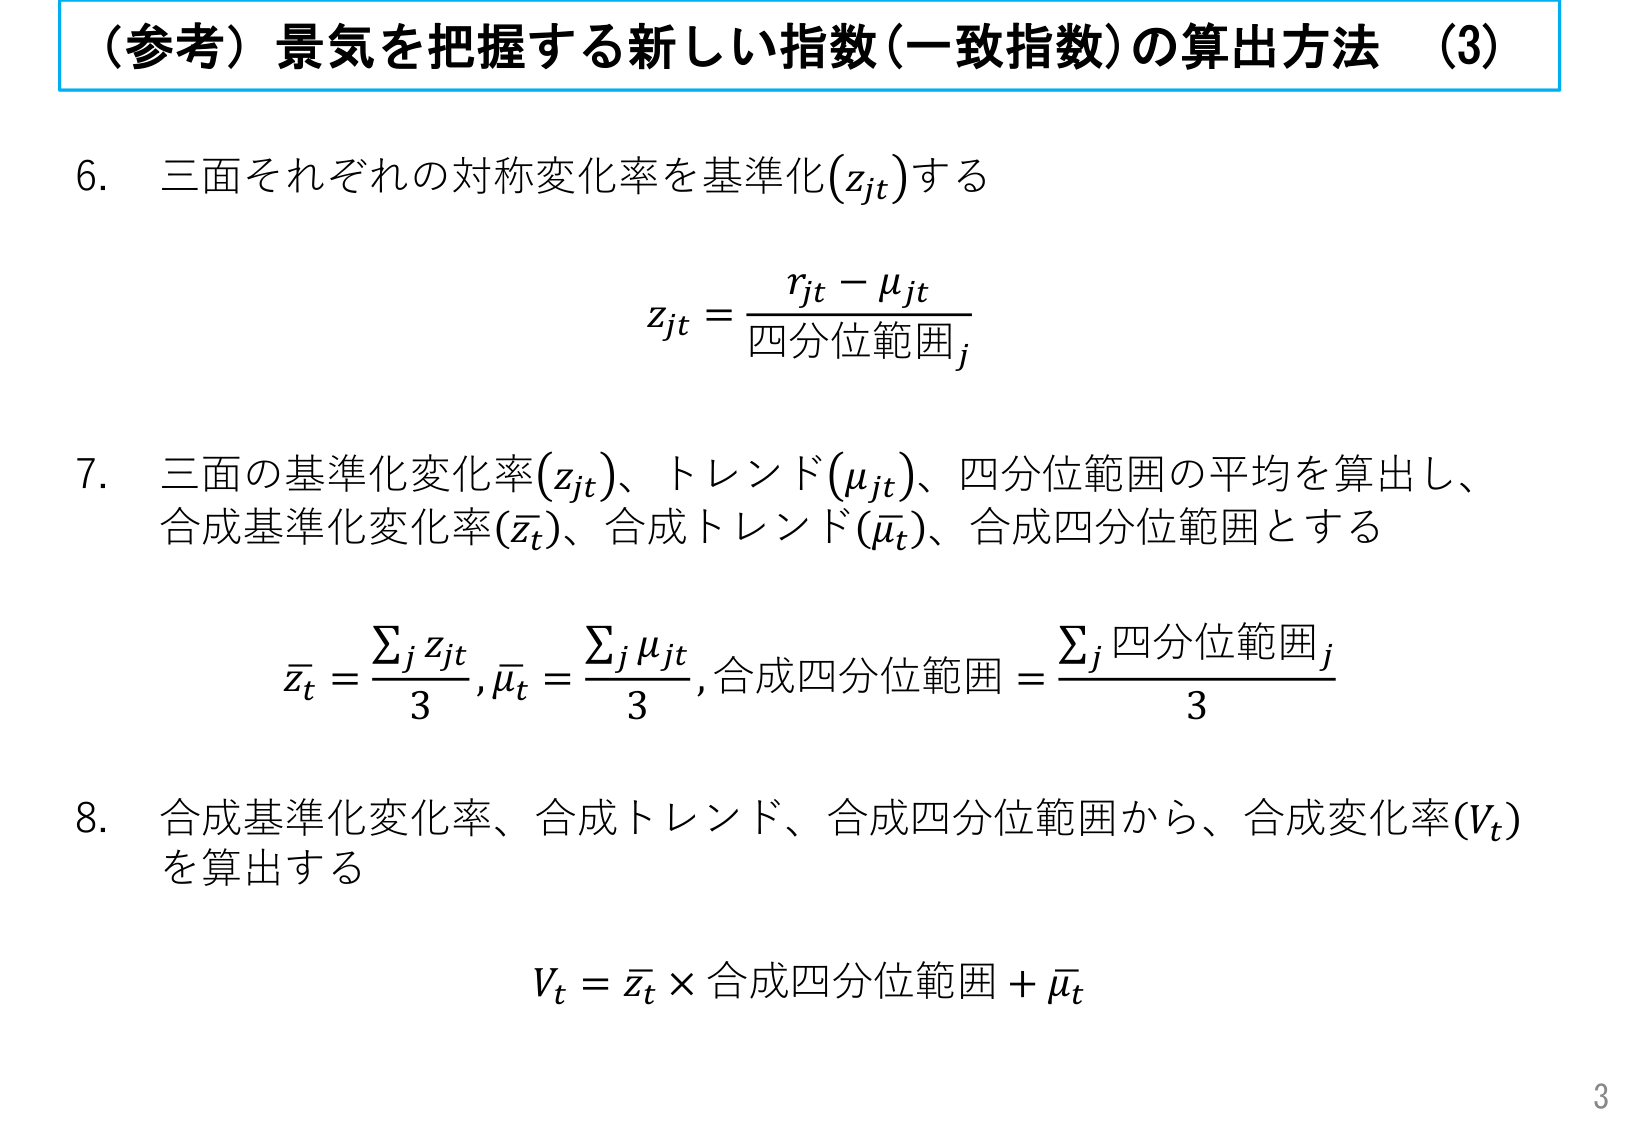
（参考）景気を把握する新しい指数（一致指数）の算出方法 （3）

6. 三面それぞれの対称変化率を基準化（zjt）する

zjt = (rjt - μjt) / 四分位範囲j

7. 三面の基準化変化率（zjt）、トレンド（μjt）、四分位範囲の平均を算出し、合成基準化変化率（z̄t）、合成トレンド（μ̄t）、合成四分位範囲とする

z̄t = Σj zjt / 3, μ̄t = Σj μjt / 3, 合成四分位範囲 = Σj 四分位範囲j / 3

8. 合成基準化変化率、合成トレンド、合成四分位範囲から、合成変化率（Vt）を算出する

Vt = z̄t × 合成四分位範囲 + μ̄t

3